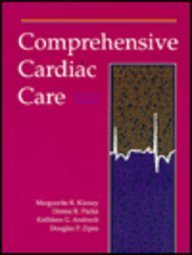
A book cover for Comprehensive Cardiac Care; Marguerite R. Kinney; Medical Books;